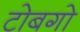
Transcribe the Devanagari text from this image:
टोबगो